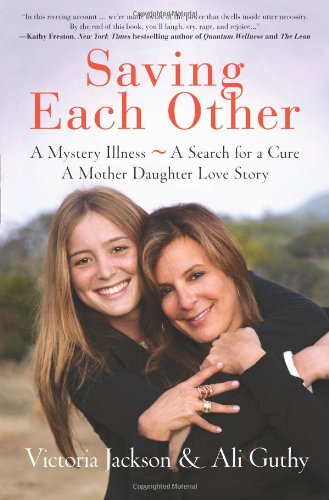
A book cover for Saving Each Other: A Mother-Daughter Love Story; Victoria Jackson; Health, Fitness & Dieting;